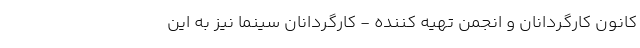
کانون کارگردانان و انجمن تهیه کننده - کارگردانان سینما نیز به این